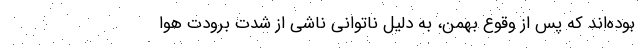
بوده‌اند كه پس از وقوع بهمن، به دليل ناتواني ناشي از شدت برودت هوا